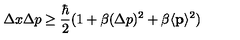
\Delta x \Delta p \ge \frac { \hbar } { 2 } ( 1 + \beta ( \Delta p ) ^ { 2 } + \beta \langle { \bf { p } } \rangle ^ { 2 } )